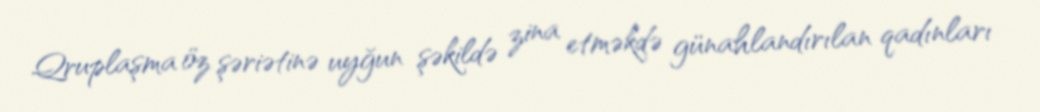
Qruplaşma öz şəriətinə uyğun şəkildə zina etməkdə günahlandırılan qadınları